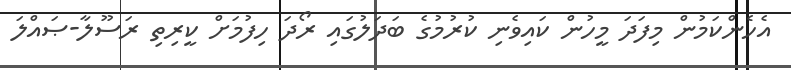
އެހެންކަމުން މިފަދަ މީހުން ކައިވެނި ކުރުމުގެ ބަދަލުގައި ރޯދަ ހިފުމަށް ކީރިތި ރަސޫލާ-ޞައްލަ